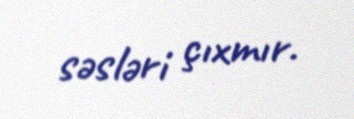
səsləri çıxmır.